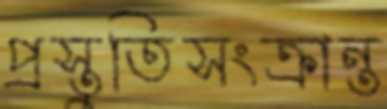
প্রস্তুতিসংক্রান্ত